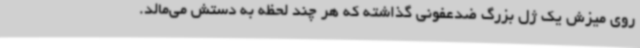
روی میزش یک ژل بزرگ ضدعفونی گذاشته که هر چند لحظه به دستش می‌مالد.